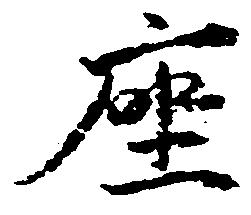
座